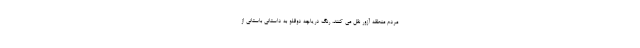
مردم منطقه آزور نقل می کنند، رنگ دریاچه دوقلو به داستانی باستانی از